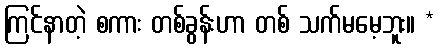
ကြင်နာတဲ့ စကား တစ်ခွန်းဟာ တစ် သက်မမေ့ဘူး။ *